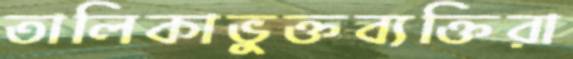
তালিকাভুক্তব্যক্তিরা